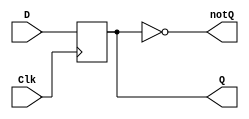
`timescale 1ns / 1ps

module d_flip_flop_behavioral(
    output reg Q, 
    output wire notQ,
    input wire D,
    input wire Clk
);
    //describe behavior of D flip flop
    //posedge means positive (rising edge
    always@(posedge Clk)
        Q<=D;
        
        assign notQ = ~Q;
endmodule